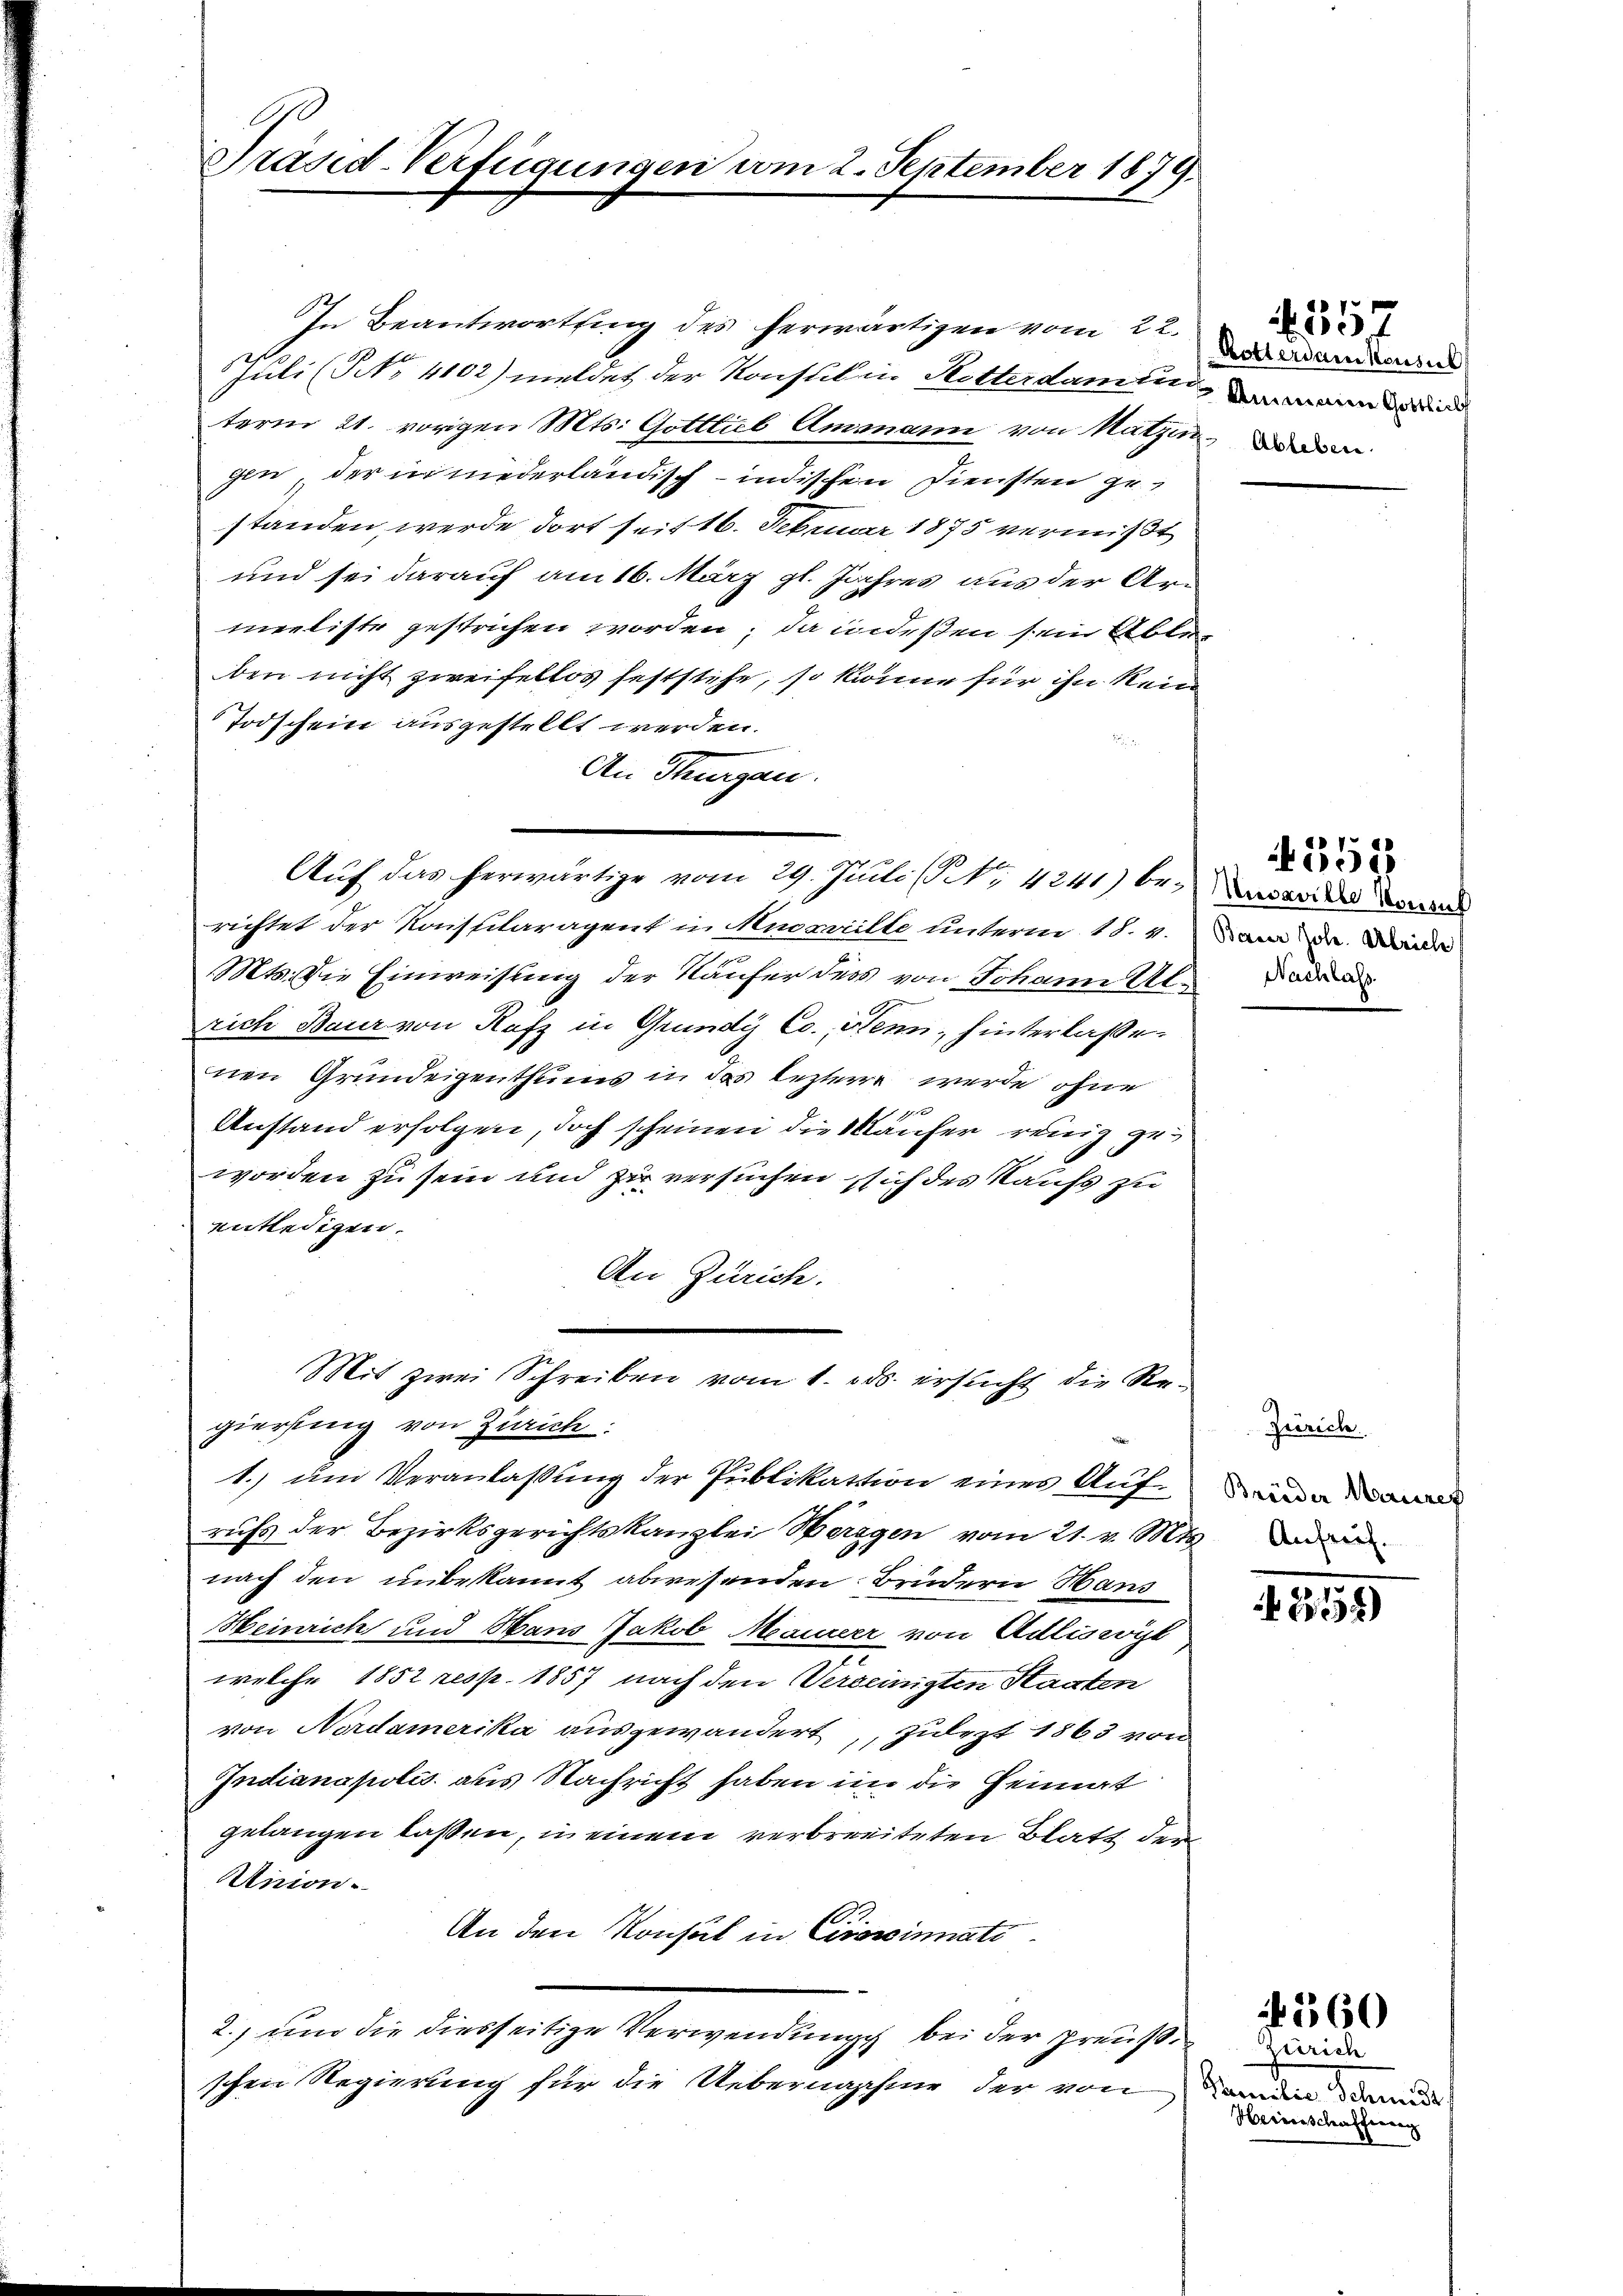
Präsid-Verfügungen vom 2. September 1879.

Juli (NNo. 4102) meldet der Konstil in Ketterdamten dann und
term 21. vorigen Mts. Gottlieb Ammann von Nutzen de
gin, der in niederländisch-indischen Diensten gestanden, werde dort seit 16. Februar 1875 vermißt
und sei darauf am 16. März gl. Jahres aus der Armeeliste gestrichen worden; da indeßen sein Able
ben nicht zweifellos feststehe, so könne für ihn kein
Todschein ausgestellt werden.
An Thurgau.
Aŭf das herwärtige vom 29. Juli (S. 4241) berichtet der Konsularagent in Mudrailte unterm 18. v.
Mts. die Einweisung der Käufer des von Johann Ul
rich Baur von Rafz in Grundy Co. Wenn hinterlasse.
nen Grundeigenthums in des leztere werde ohne
Anstand erfolgen, doch scheinen die Käufer wenig zu
worden zu sein und zu versuchen sich des Kaufs zu
entledigen.
An Zürich.
Mit zwei Schreiben vom 1. ds. ersŭcht die Re-
gierung von Zürich
1.) um Veranlaßung der Publikation eines Aufrufs der Bezirksgerichtskanzlei Werigen vom 21. v. Mts. de
nach den unbekannt abwesenden Brüdern Hans
Heinrich und Hans Jakob Maurer von Adliswit
welche 1852 resp. 1857 nach den Vereinigten Staaten
von Nordamerika ausgewandert, zulezt 1863 von
Indianapolis aus Nachricht haben in die Heimat
gelangen lassen, in einem verbreiteten Blatt der
Union.
An den Konsul in Cirsssinnati
2., und die diesseitige Verwendung bei der preußschen Regierung für die Uebernahme der von

In Beantwortung des herwärtigen vom 22.

Rottersam konsul

550

Unvaville Konsul
Baier Joh. Ulrich

1
007

Zürich
Brüder Mauref

258)

560

Zürich
Samenten Stadt
Heinröscherscherung